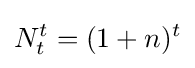
N_{t}^{t}=(1+n)^{t}